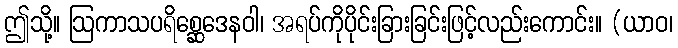
ဤသို့။ ဩကာသပရိစ္ဆေဒေနဝါ၊ အရပ်ကိုပိုင်းခြားခြင်းဖြင့်လည်းကောင်း။ (ယာဝ၊